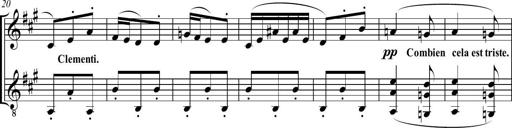
Title: Sonatine bureaucratique
Composer: Erik Satie